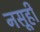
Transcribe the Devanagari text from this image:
नसूही